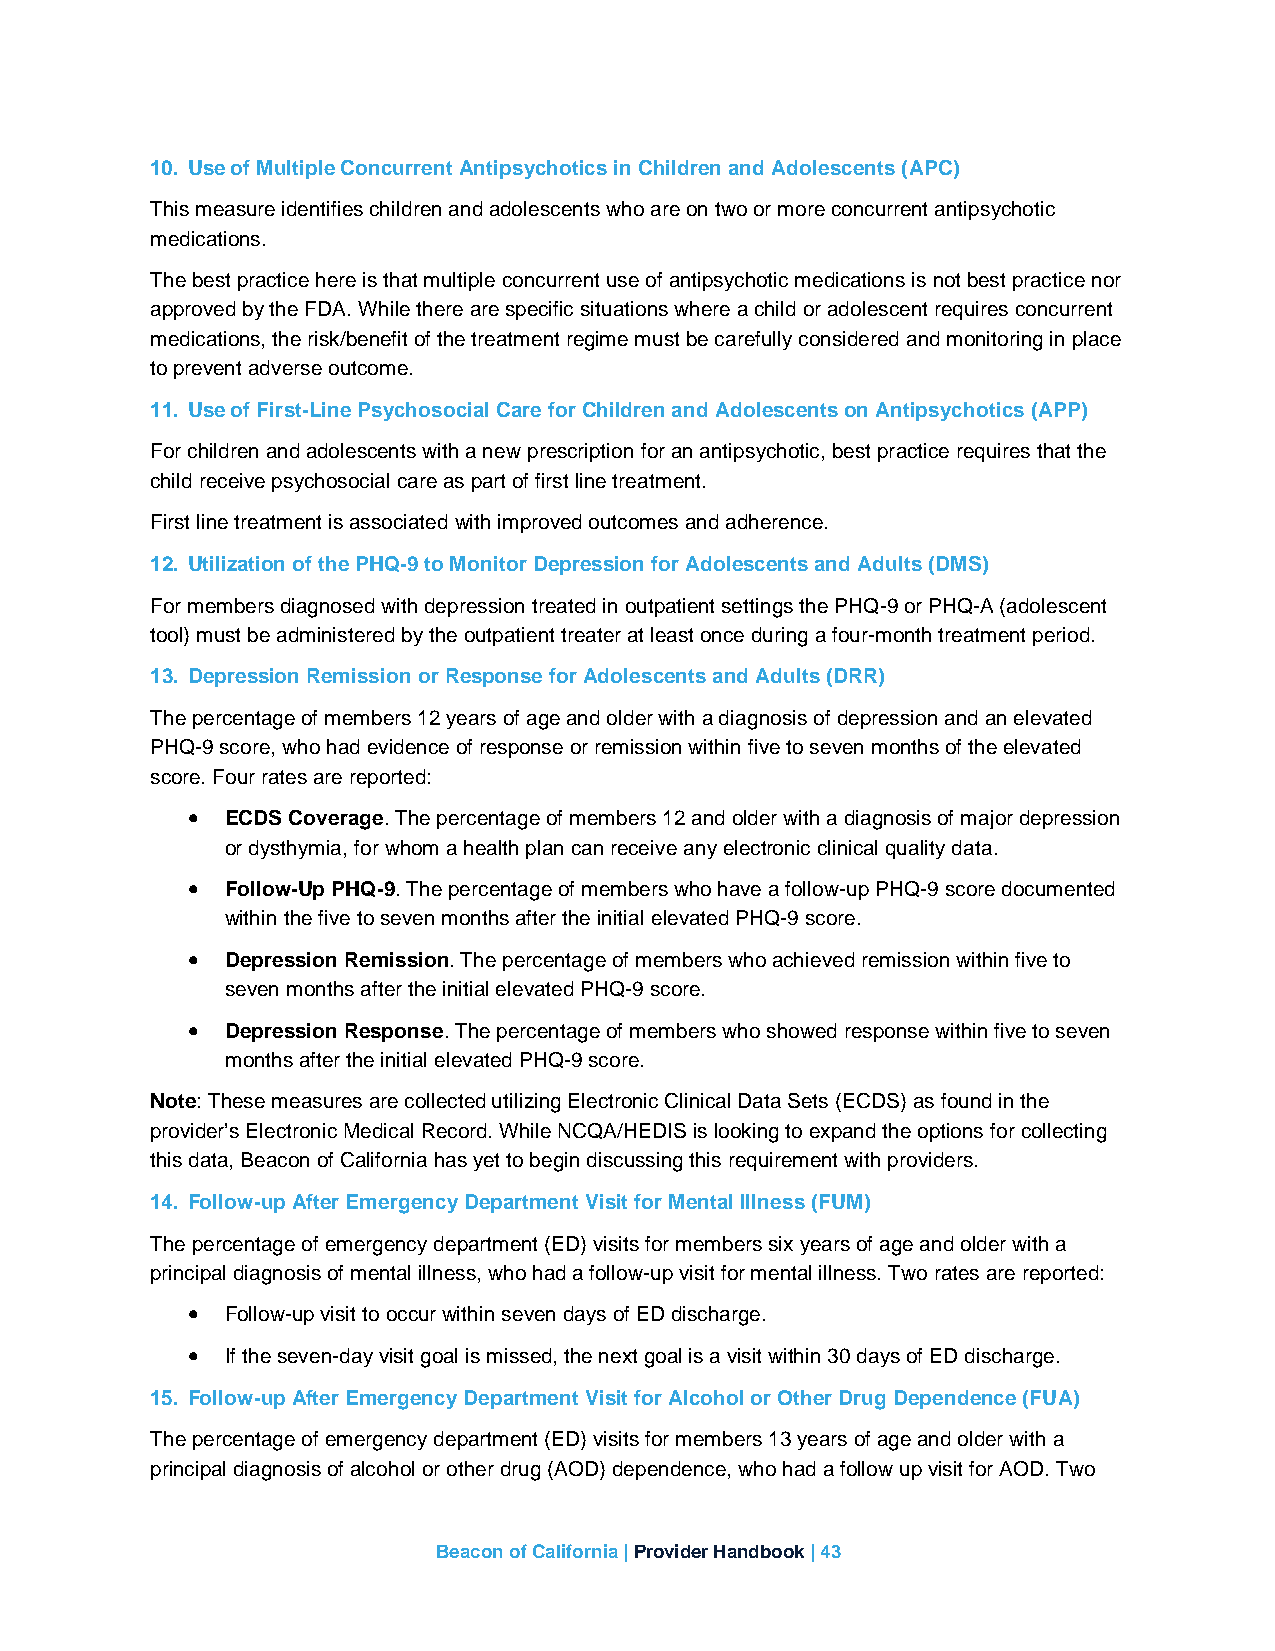
10. Use of Multiple Concurrent Antipsychotics in Children and Adolescents (APC)
 This measure identifies children and adolescents who are on two or more concurrent antipsychotic
 medications.
 The best practice here is that multiple concurrent use of antipsychotic medications is not best practice nor
 approved by the FDA. While there are specific situations where a child or adolescent requires concurrent
 medications, the risk/benefit of the treatment regime must be carefully considered and monitoring in place
 to prevent adverse outcome.
 11. Use of First-Line Psychosocial Care for Children and Adolescents on Antipsychotics (APP)
 For children and adolescents with a new prescription for an antipsychotic, best practice requires that the
 child receive psychosocial care as part of first line treatment.
 First line treatment is associated with improved outcomes and adherence.
 12. Utilization of the PHQ-9 to Monitor Depression for Adolescents and Adults (DMS)
 For members diagnosed with depression treated in outpatient settings the PHQ-9 or PHQ-A (adolescent
 tool) must be administered by the outpatient treater at least once during a four-month treatment period.
 13. Depression Remission or Response for Adolescents and Adults (DRR)
 The percentage of members 12 years of age and older with a diagnosis of depression and an elevated
 PHQ-9 score, who had evidence of response or remission within five to seven months of the elevated
 score. Four rates are reported:
 •  ECDS Coverage. The percentage of members 12 and older with a diagnosis of major depression
 or dysthymia, for whom a health plan can receive any electronic clinical quality data.
 •  Follow-Up PHQ-9. The percentage of members who have a follow-up PHQ-9 score documented
 within the five to seven months after the initial elevated PHQ-9 score.
 •  Depression Remission. The percentage of members who achieved remission within five to
 seven months after the initial elevated PHQ-9 score.
 •  Depression Response. The percentage of members who showed response within five to seven
 months after the initial elevated PHQ-9 score.
 Note: These measures are collected utilizing Electronic Clinical Data Sets (ECDS) as found in the
 provider’s Electronic Medical Record. While NCQA/HEDIS is looking to expand the options for collecting
 this data, Beacon of California has yet to begin discussing this requirement with providers.
 14. Follow-up After Emergency Department Visit for Mental Illness (FUM)
 The percentage of emergency department (ED) visits for members six years of age and older with a
 principal diagnosis of mental illness, who had a follow-up visit for mental illness. Two rates are reported:
 •  Follow-up visit to occur within seven days of ED discharge.
 •  If the seven-day visit goal is missed, the next goal is a visit within 30 days of ED discharge.
 15. Follow-up After Emergency Department Visit for Alcohol or Other Drug Dependence (FUA)
 The percentage of emergency department (ED) visits for members 13 years of age and older with a
 principal diagnosis of alcohol or other drug (AOD) dependence, who had a follow up visit for AOD. Two
 Beacon of California | Provider Handbook | 43